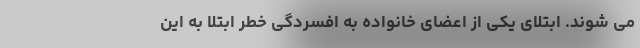
می شوند. ابتلای یکی از اعضای خانواده به افسردگی خطر ابتلا به این